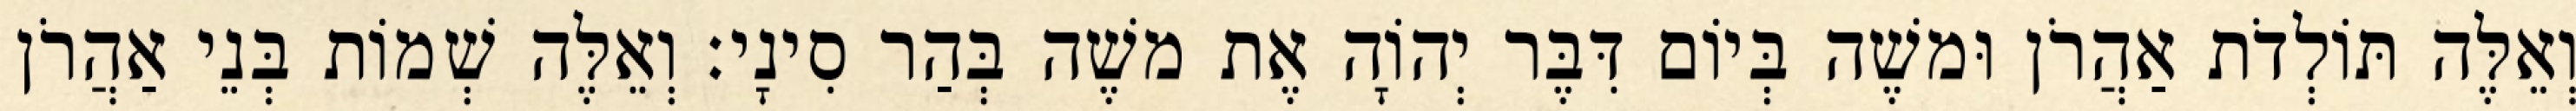
וְאֵלֶּה תּוֹלְדֹת אַהֲרֹן וּמשֶׁה בְּיוֹם דִּבֶּר יְהוָֹה אֶת משֶׁה בְּהַר סִינָי׃ וְאֵלֶּה שְׁמוֹת בְּנֵי אַהֲרֹן